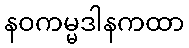
နဝကမ္မဒါနကထာ